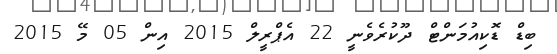
ބިޑް ޑޮކިއުމަންޓް ދޫކުރެވެނީ 22 އެޕްރީލް 2015 އިން 05 މޭ 2015